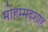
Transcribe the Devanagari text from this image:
मोहम्मदशाह